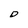
Character: D